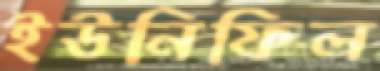
ইউনিফিল